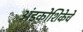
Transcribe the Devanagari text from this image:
अंडकोशिकेचे